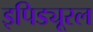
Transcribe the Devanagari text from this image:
इपिड्यूरल